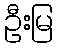
ဦးမြ